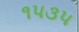
૧૫૩૫